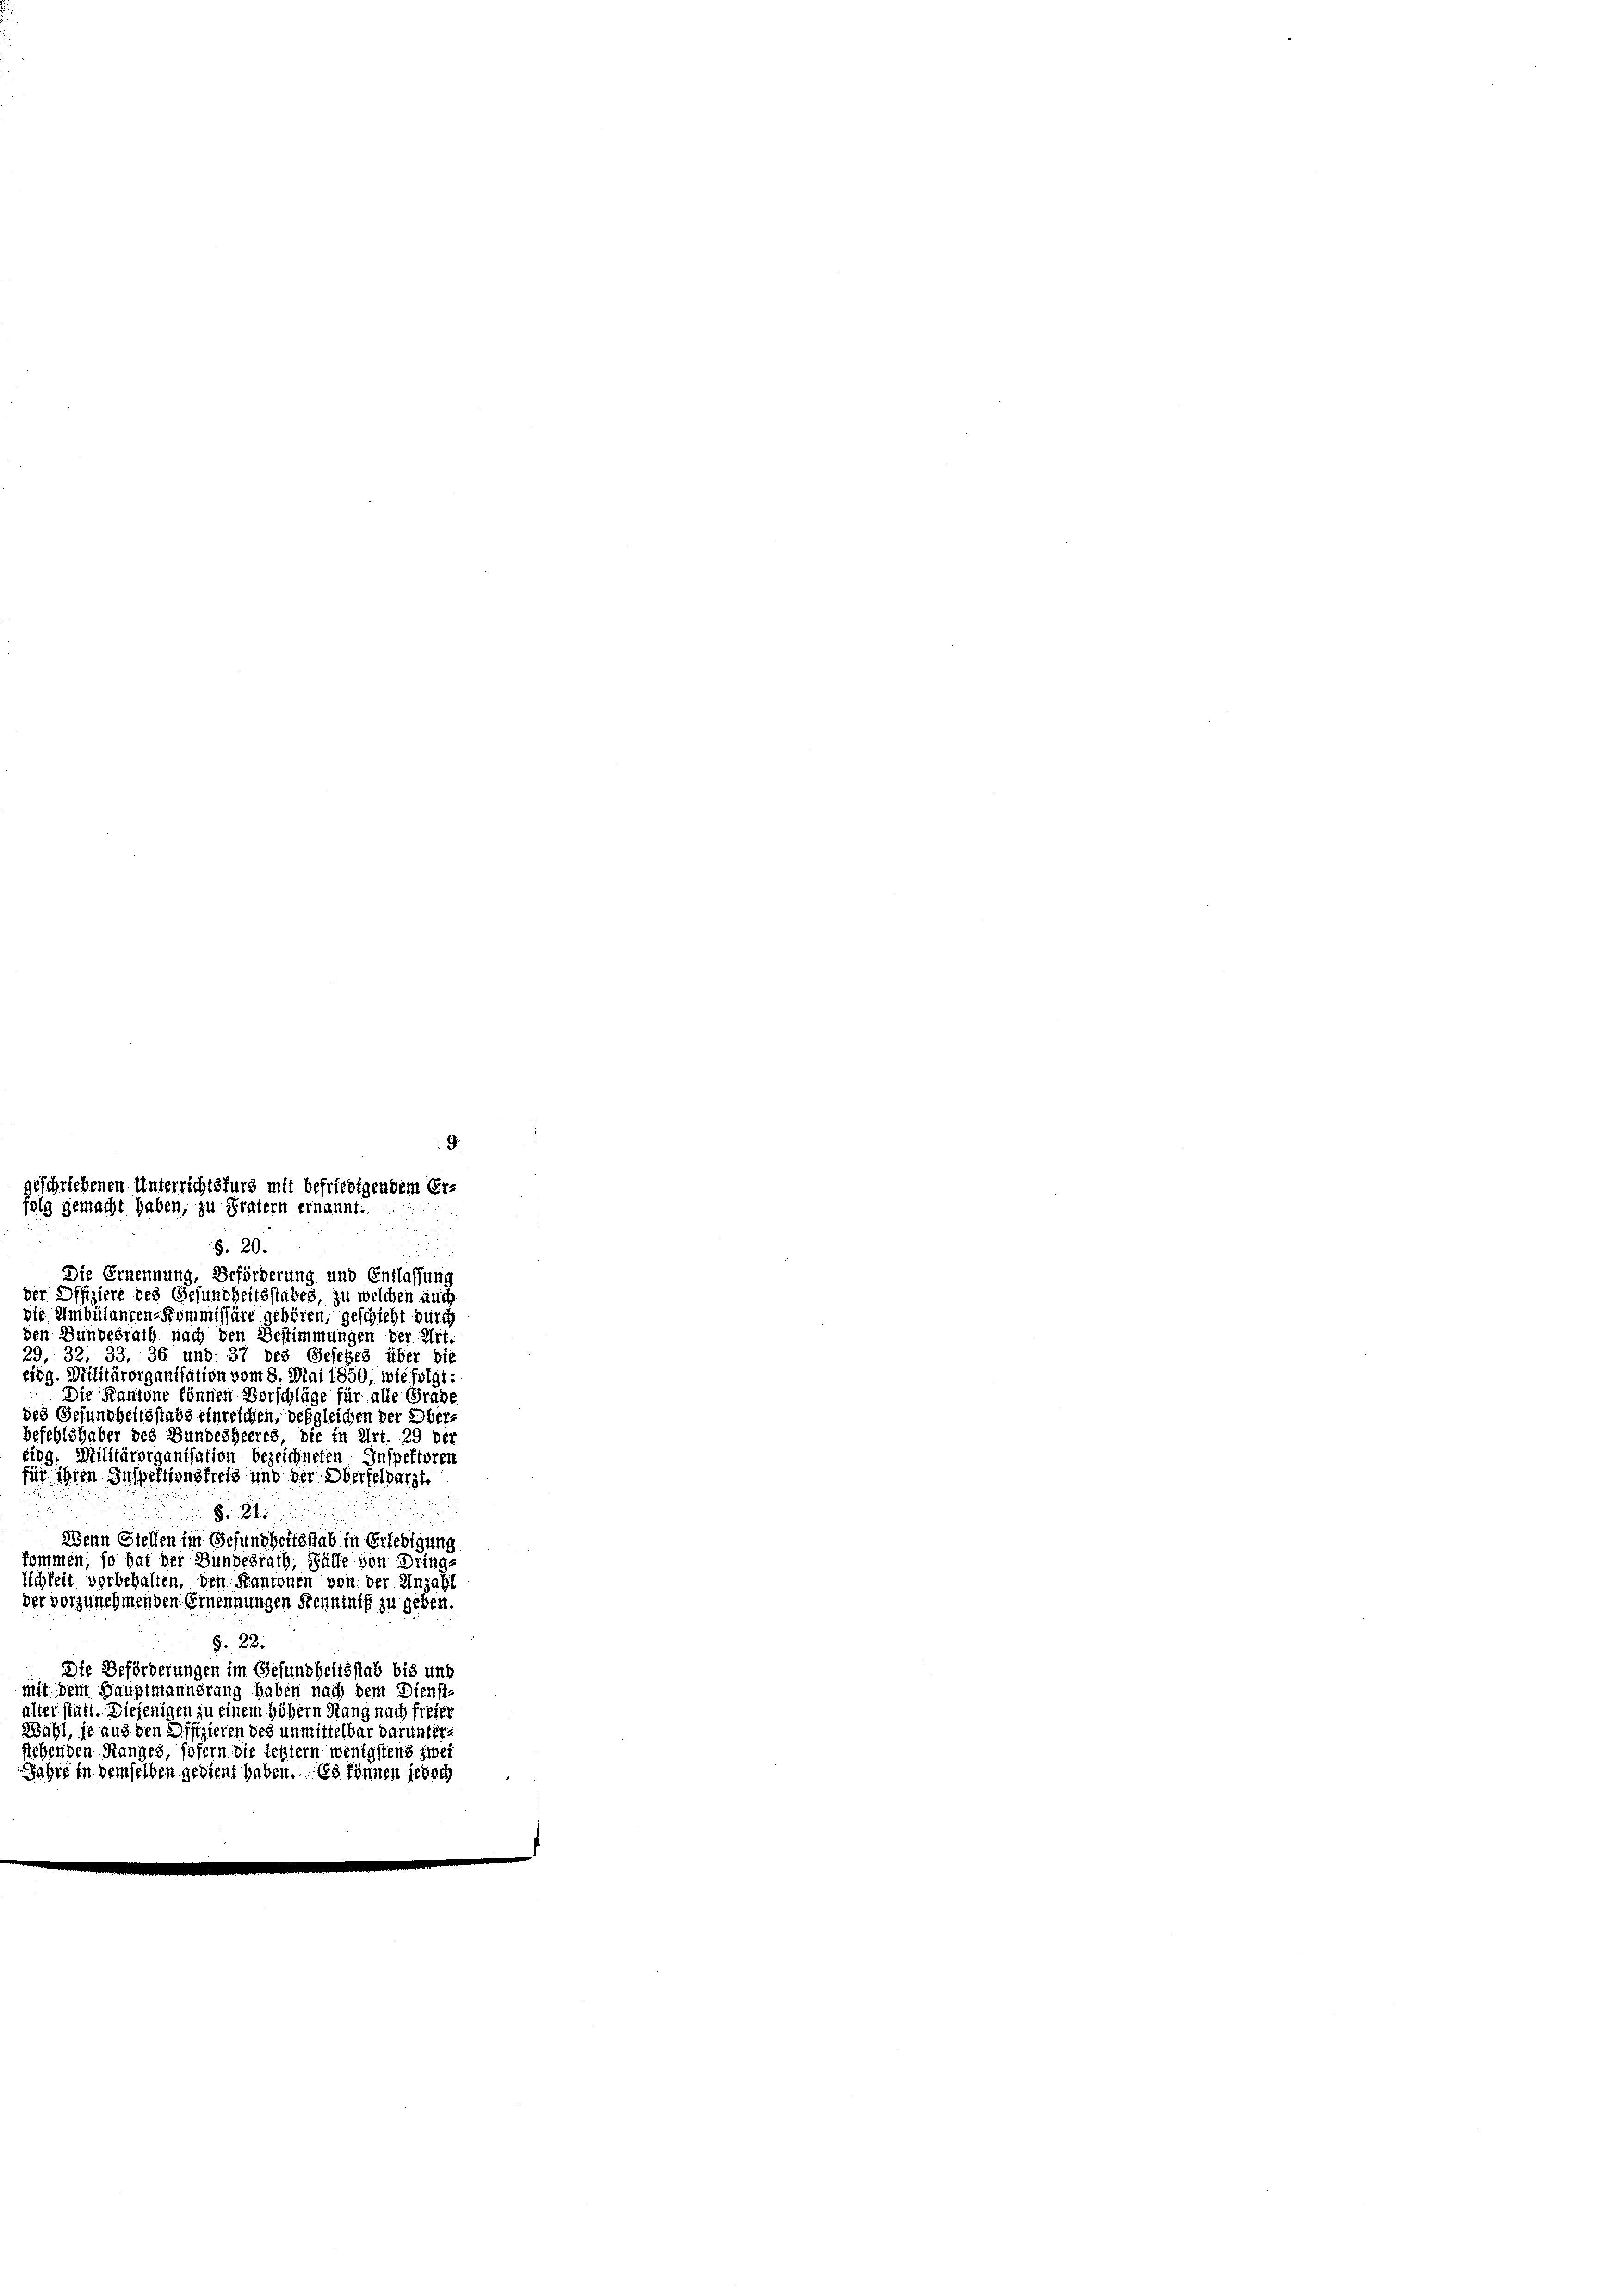
geschriebenen Unterrichtsfurg mit befriedigendem Erfolg gemacht haben, zu Fratern ernannt.

Die Ernennung, Beförderung und Entlassun
der Offiziere des Gesundheitsstabes zu welchen auch
die Ambülancen-Kommissäre gehören, geschicht durch
den Bundesrath nach den Bestimmungen der Art.
29, 32, 33. 36 und 37 des Gesetzes über die
idg. Militärorganisation vom 8. Mai 1850, wie folgt:
Die Kantone können Vorschläge für alle Grade
des Gesundheitsstabs einreichen, desgleichen der Ober-
befehlshaber des Bundesheeres die in Art. 29 der
eidg. Militärorganisation bezeichneten Inspektoren
für ihren Inspektionsfreis und der Oberfeldarzt.
§. 31.
Wenn Stellen im Gesundheitsstab in Erledigung
kommen, so hat der Bundesrath, Fälle von Dring-
schkeit vorbehalten, den Kantonen von der Anzahl
der vorzunehmenden Ernennungen Kenntnis zu geben.
§. 22.
Die Beförderungen im Gesundheitsstab bis und
mit dem Hauptmannerung haben nach dem Dienst-
alter statt. Diejenigen zu einem höhern Rang nach freier
Wahl, je aus den Offizieren des unmittelbar darunterstehenden Ranges, sofern die lebtern wenigstens zwei
Jahre in demselben gedient haben. Es können jedoch

§. 20.